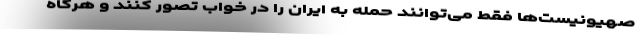
صهیونیست‌ها فقط می‌توانند حمله به ایران را در خواب تصور کنند و هرگاه